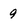
Character: 9